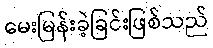
မေးမြန်းခဲ့ခြင်းဖြစ်သည်